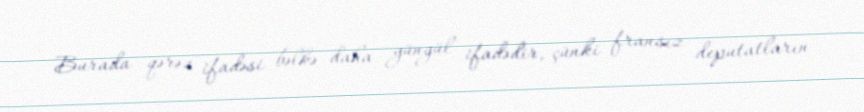
Burada qərəz ifadəsi bəlkə daha yüngül ifadədir, çünki fransız deputatların